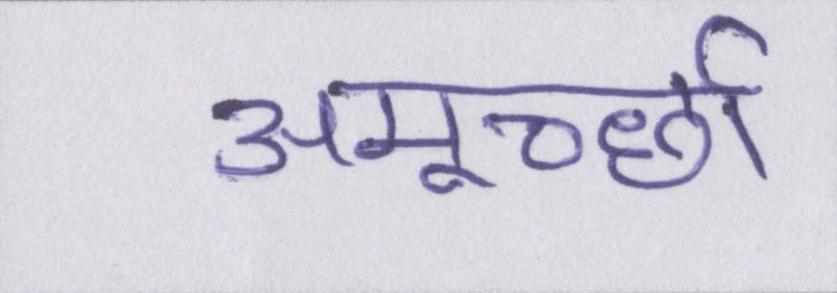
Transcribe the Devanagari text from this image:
अमूर्च्छा